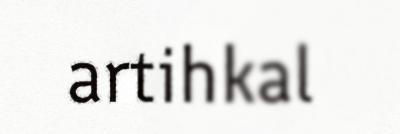
artihkal